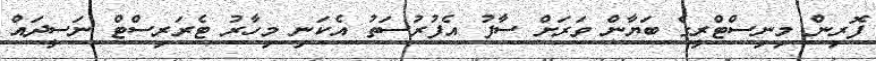
ފޮރިން މިނިސްޓްރީގެ ބަޔާން ވަރަށް ސާފު އެފުރުސަތު އެކަނި މިހާރު ޓެރަރިސްޓް ނަސީދައް